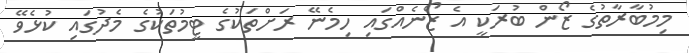
މިމުބާރާތުގެ ޒޯން ބުރަކީ އެ ޒޯނެއްގައި ހިމެނޭ ރަށްތަކުގެ ޓީމުތަކުގެ މެދުގައި ކުޅެވޭ